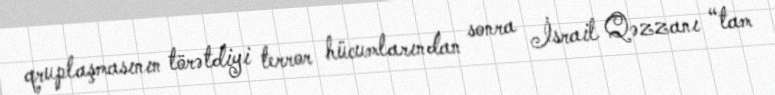
qruplaşmasının törətdiyi terror hücumlarından sonra İsrail Qəzzanı “tam